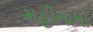
મહીનાના